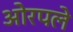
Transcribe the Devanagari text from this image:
ओरपले